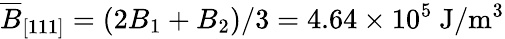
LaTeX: \overline{{B}}_{[111]}=(2B_{1}+B_{2})/3=4.64\times 10^{5}~\mathrm{J/m^{3}}